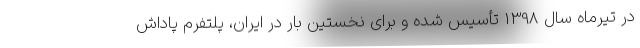
در تیرماه سال 1398 تأسیس شده و برای نخستین بار در ایران، پلتفرم پاداش